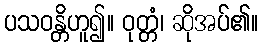
ပသဝန္တိဟူ၍။ ဝုတ္တံ၊ ဆိုအပ်၏။